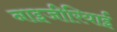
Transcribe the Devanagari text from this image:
नाइजीरियाईं